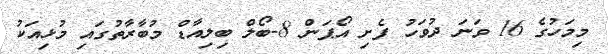
މިމަހުގެ 16 ވަނަ ދުވަހު ފެށި އޯޕަން 8-ބޯލް ބިލިއާޑް މުބާރާތުގައި މުޅިއަކު